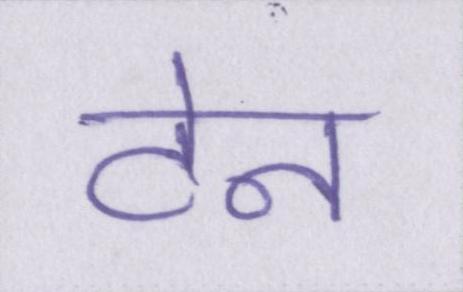
टेन